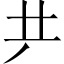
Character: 𠀗